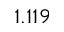
1 . 1 1 9